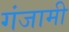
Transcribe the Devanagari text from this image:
गंजामी